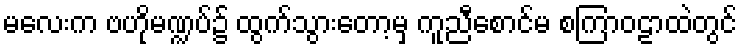
မလေးက ဗဟိုမဏ္ဍပ်၌ ထွက်သွားတော့မှ ကူညီစောင်မ စကြာဝဠာထဲတွင်